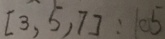
[ 3 , 5 , 7 ] : 1 0 5